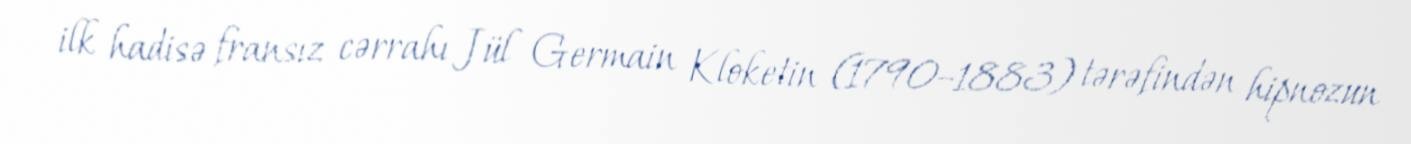
ilk hadisə fransız cərrahı Jül Germain Kloketin (1790–1883) tərəfindən hipnozun